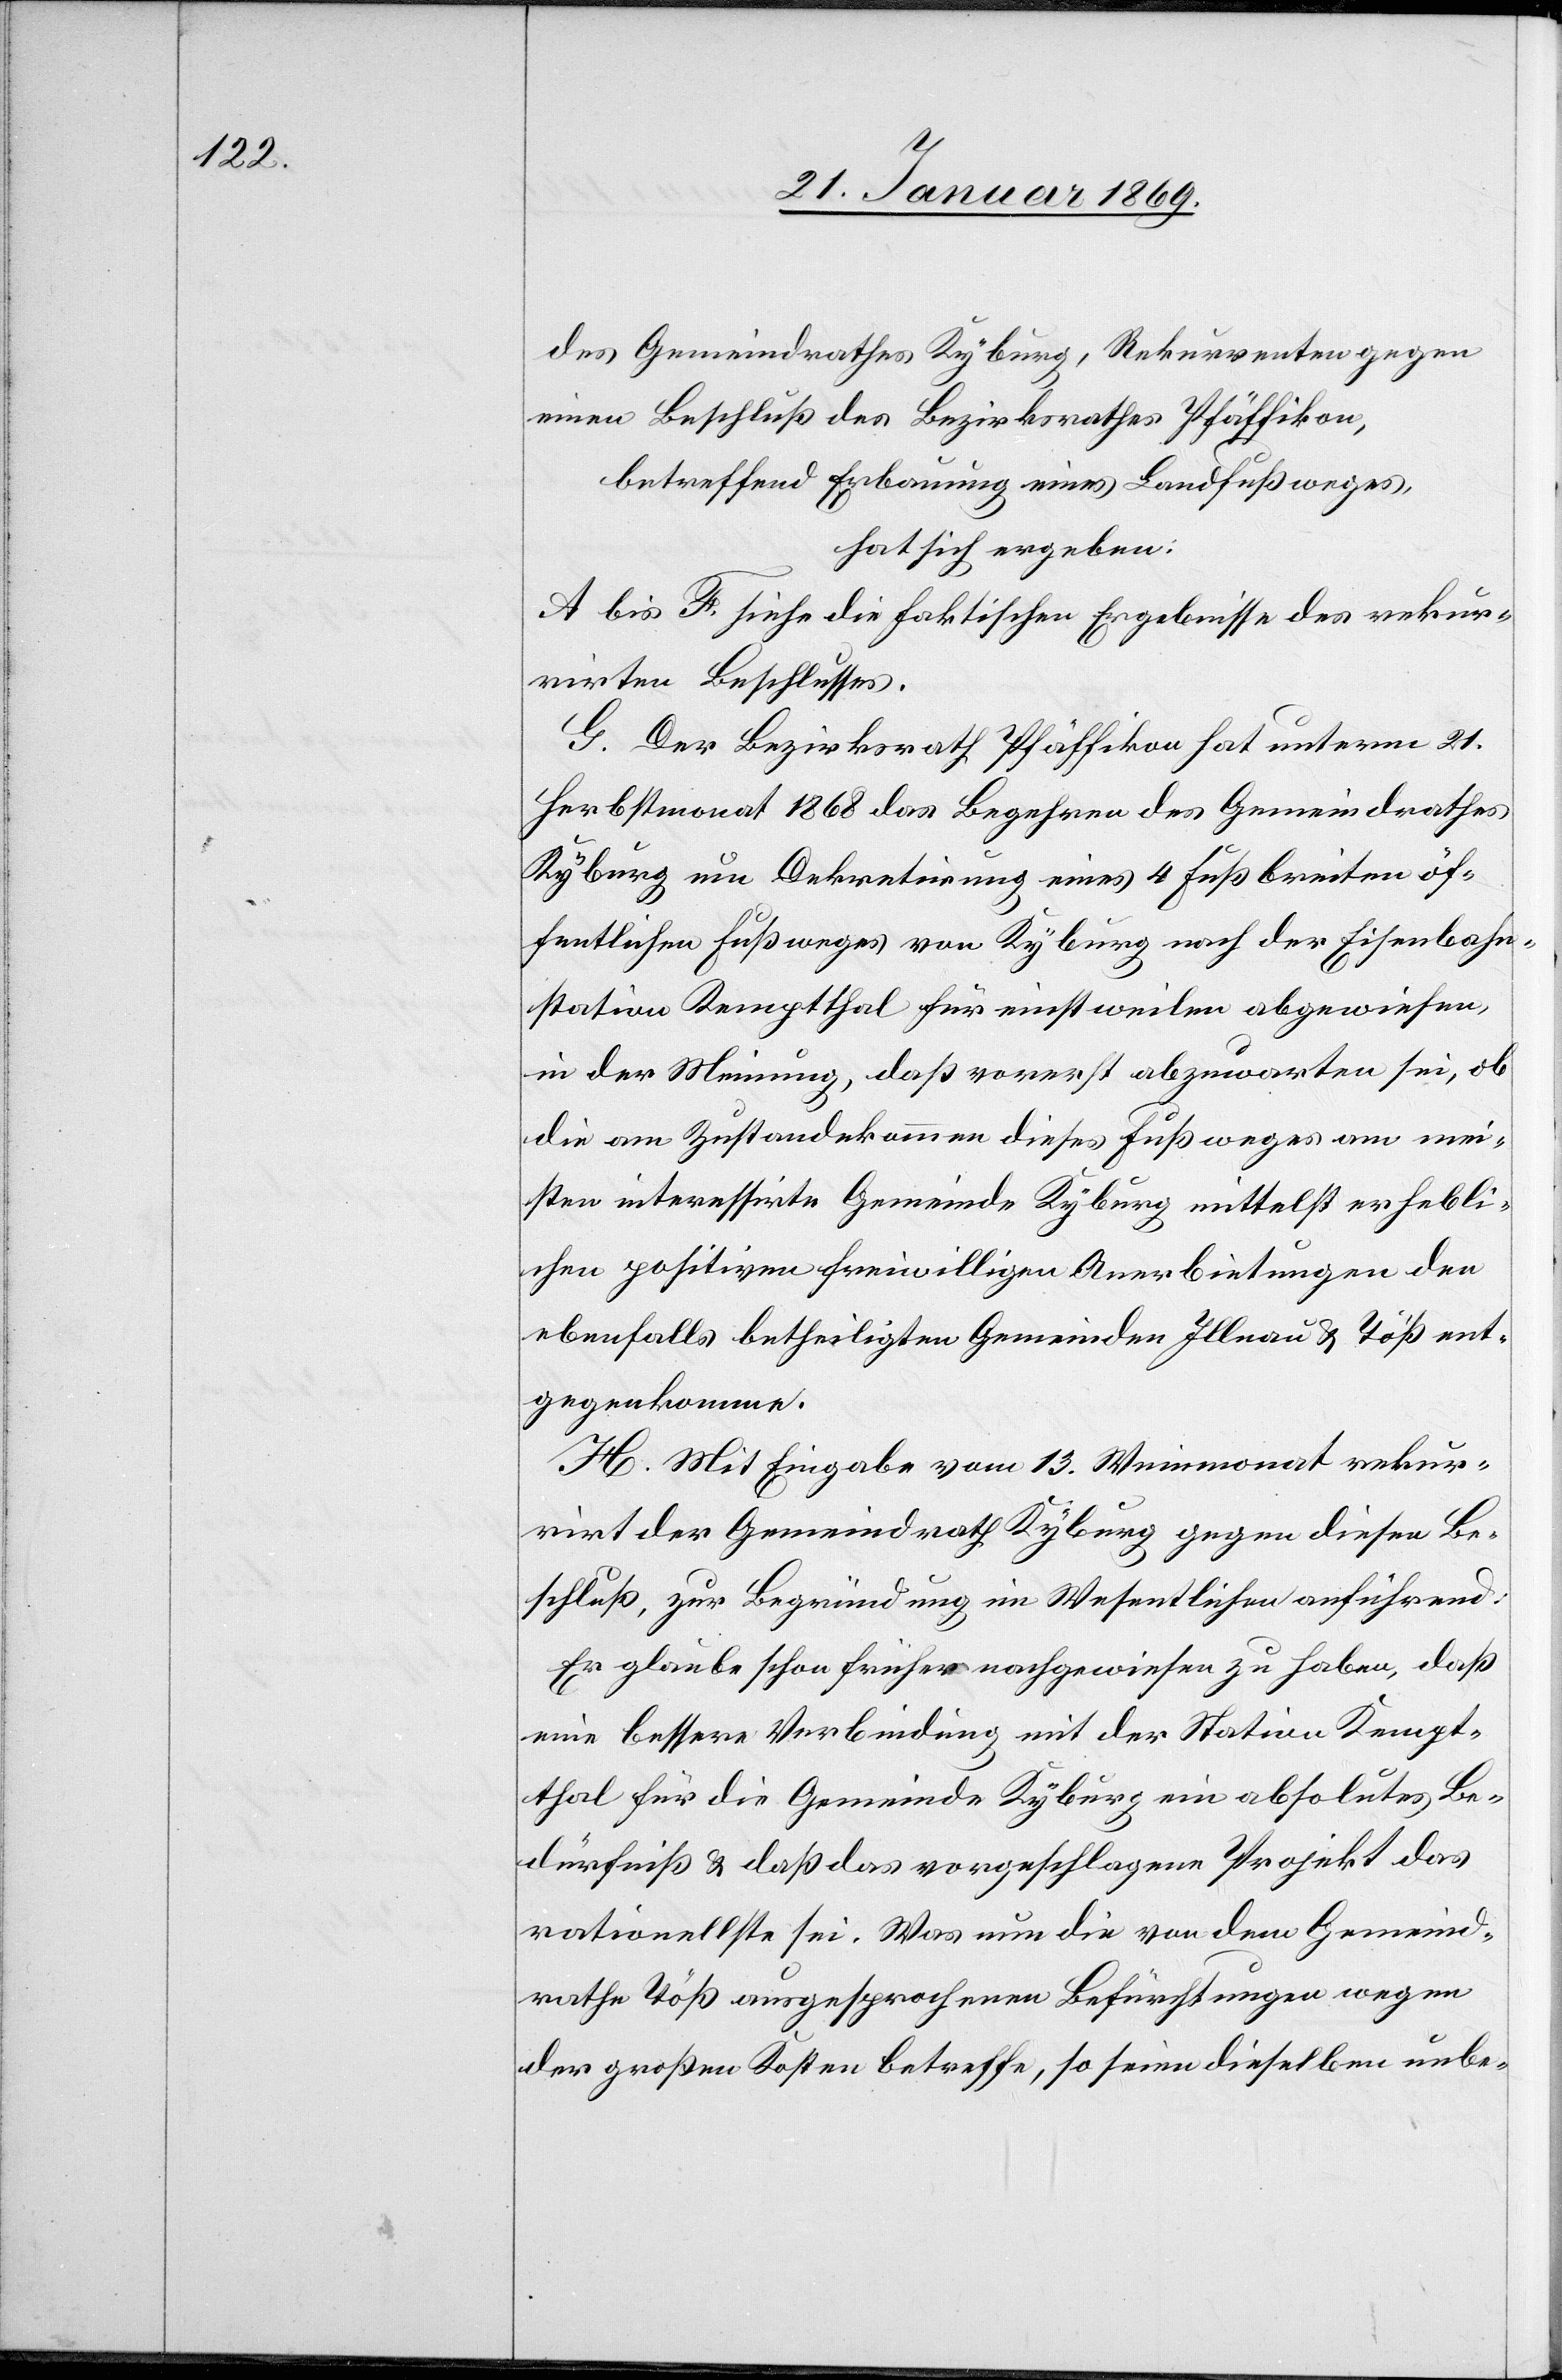
des Gemeindrathes Kyburg, Rekurrenten gegen
einen Beschluß des Bezirksrathes Pfäffikon,
betreffend Erbauung eines Landfußweges,
hat sich ergeben:
A bis F. siehe die faktischen Ergebnisse des rekur¬
rirten Beschlusses.
G. Der Bezirksrath Pfäffikon hat unterm 21.
Herbstmonat 1868 das Begehren des Gemeindrathes
Kyburg um Dekretirung eines 4 Fuß breiten öf¬
fentlichen Fußweges von Kyburg nach der Eisenbahn¬
station Kemptthal für einstweilen abgewiesen,
in der Meinung, daß vorerst abzuwarten sei, ob
die am Zustandekommen dieses Fußweges am mei¬
sten interessirte Gemeinde Kyburg mittelst erhebli¬
chen positiven freiwilligen Anerbietungen den
ebenfalls betheiligten Gemeinden Illnau & Töß ent¬
gegenkommen.
H. Mit Eingabe vom 13. Weinmonat rekur¬
rirt der Gemeindrath Kyburg gegen diesen Be¬
schluß, zur Begründung im Wesentlichen anführend:
Er glaube schon früher nachgewiesen zu haben, daß
eine bessere Verbindung mit der Station Kempt¬
thal für die Gemeinde Kyburg ein absolutes Be¬
dürfniß & daß das vorgeschlagene Projekt das
rationellste sei. Was nun die von dem Gemeind¬
rathe Töß ausgesprochenen Befürchtungen wegen
der großen Kosten betreffe, so seien dieselben unbe-